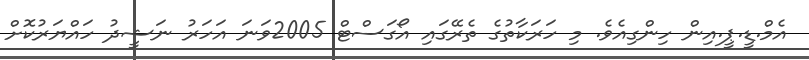
އެމް.ޑީ.ޕީ.އިން ހިންގިއެވެ. މި ހަރަކާތުގެ ތެރޭގައި އޯގަސްޓް 2005ވަނަ އަހަރު ނަޝީދު ހައްޔަރުކޮށް